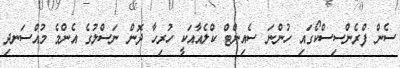
ސެން ފްރެންސިސްކޯގައި ހުންނަ ސެއިންޓް ކްލެއާއަކީ ހުރިހާ ދޮން ނަސްލުގެ އެންމެ މުއްސަނދި